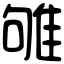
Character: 雊